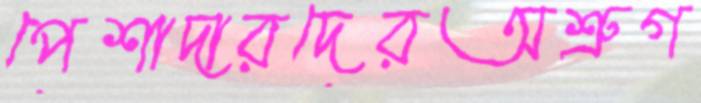
পেশাদারদেরঅশ্রুগ